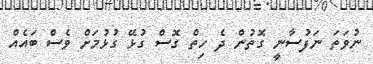
ނުވަތަ ނަފުސާނީ ގޮތުން ދެ ހިތް ގޮސް ގުޅޭ ގުޅުމަށް ވެސް ބައެއް